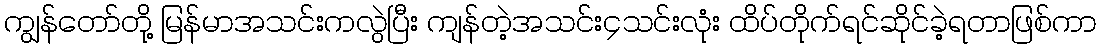
ကျွန်တော်တို့ မြန်မာအသင်းကလွဲပြီး ကျန်တဲ့အသင်း၄သင်းလုံး ထိပ်တိုက်ရင်ဆိုင်ခဲ့ရတာဖြစ်ကာ